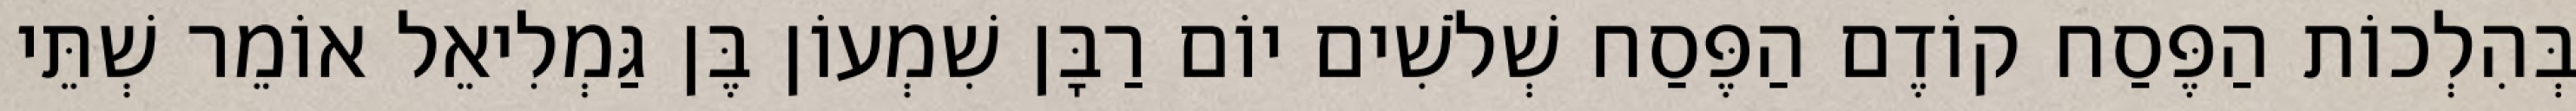
בְּהִלְכוֹת הַפֶּסַח קוֹדֶם הַפֶּסַח שְׁלֹשִׁים יוֹם רַבָּן שִׁמְעוֹן בֶּן גַּמְלִיאֵל אוֹמֵר שְׁתֵּי